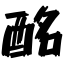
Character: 酩